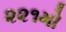
૨૨૧મો